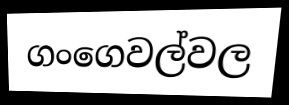
ගංගෙවල්වල